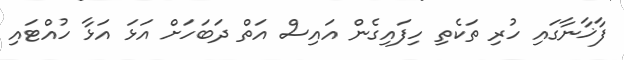
ފާޚާނާގައި ހުރި ތަކެތި ހިފައިގެން އައިސް އަތް ދަބަހަށް އަޅަ އަޅާ ހުއްޓައި